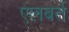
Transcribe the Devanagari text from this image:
एलबर्त